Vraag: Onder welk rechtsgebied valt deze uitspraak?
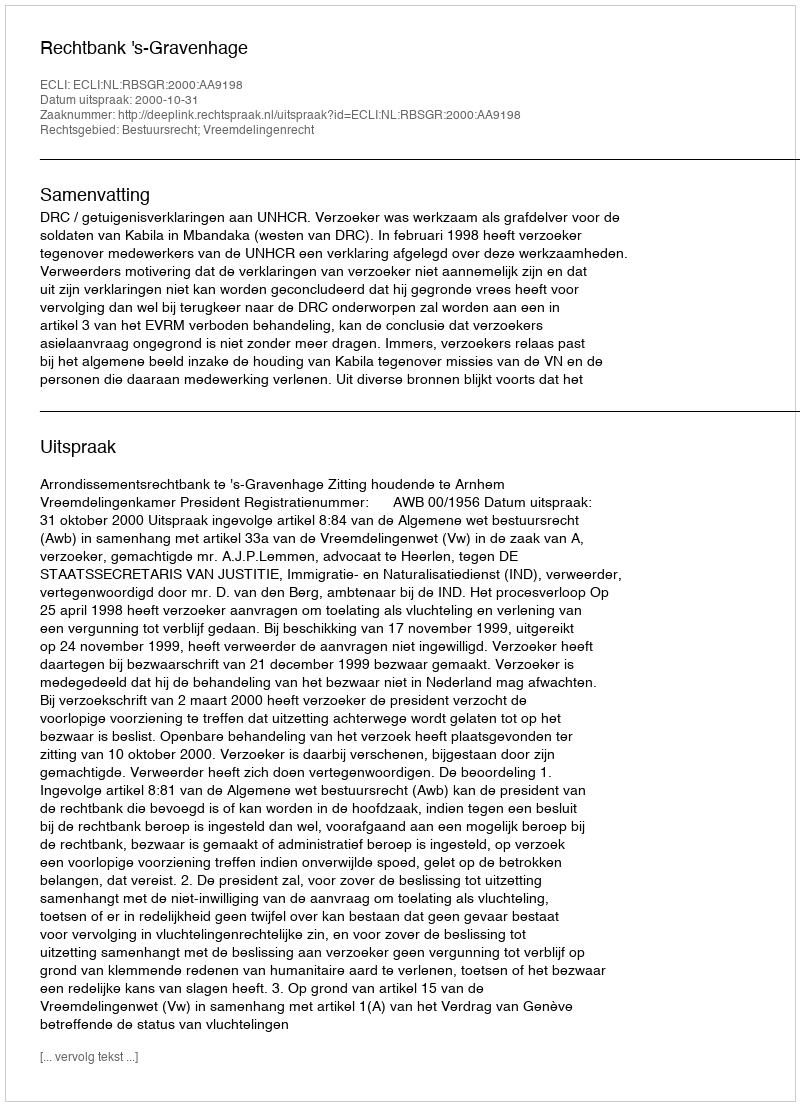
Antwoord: Bestuursrecht; Vreemdelingenrecht